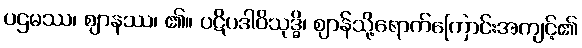
ပဌမဿ၊ ဈာနဿ၊ ၏။ ပဋိပဒါဝိသုဒ္ဓိ၊ ဈာန်သို့ရောက်ကြောင်းအကျင့်၏